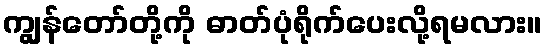
ကျွန်တော်တို့ကို ဓာတ်ပုံရိုက်ပေးလို့ရမလား။